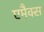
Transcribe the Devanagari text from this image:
एमैक्स